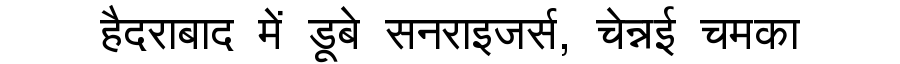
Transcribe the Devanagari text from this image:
हैदराबाद में डूबे सनराइजर्स, चेन्नई चमका